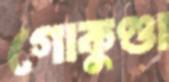
গোকুণ্ডা